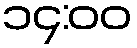
၁၄:၀၀